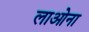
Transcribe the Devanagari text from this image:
लाओना